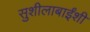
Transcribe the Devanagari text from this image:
सुशीलाबाईंशी